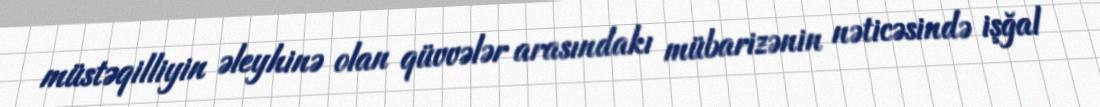
müstəqilliyin əleyhinə olan qüvvələr arasındakı mübarizənin nəticəsində işğal